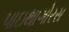
પાઇથાગોરસ